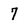
Character: 7